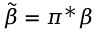
\tilde { \beta } = \pi ^ { * } \beta